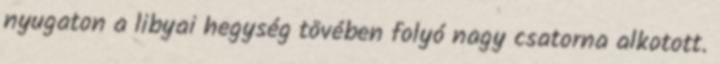
nyugaton a libyai hegység tövében folyó nagy csatorna alkotott.